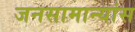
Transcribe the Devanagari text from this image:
जनसामान्यांस